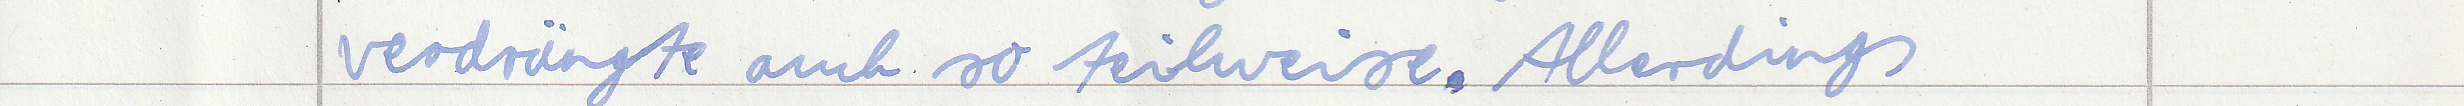
verdrängte auch so teilweise. Allerdings